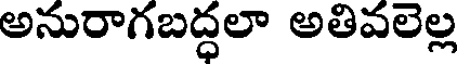
అనురాగబద్ధలా అతివలెల్ల